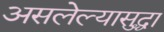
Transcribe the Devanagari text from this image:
असलेल्यासुद्धा